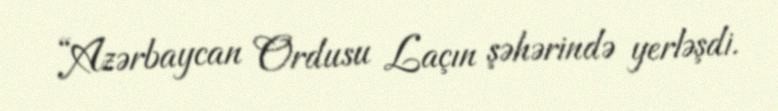
“Azərbaycan Ordusu Laçın şəhərində yerləşdi.